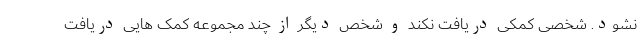
نشود. شخصی کمکی دریافت نکند و شخص دیگر از چند مجموعه کمک هایی دریافت